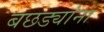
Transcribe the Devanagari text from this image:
बछड्यांना